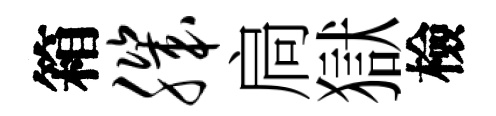
箱肌扃獄檢